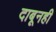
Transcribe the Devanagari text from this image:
दाबूनही